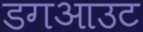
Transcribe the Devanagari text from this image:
डगआउट